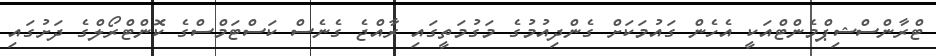
ޓްރާންސްޝިޕްމެންޓްއަކީ އެހެން ގައުމަކަށް ގެންދިއުމުގެ މަގުމަތީގައި ރާއްޖެ ގެނެސް ކަސްޓަމްސްގެ ކޮންޓްރޯލްގެ ދަށުގައި